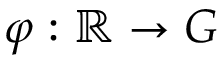
\varphi : \mathbb { R } \rightarrow G